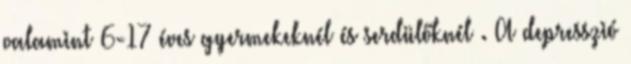
valamint 6-17 éves gyermekeknél és serdülőknél . A depresszió